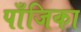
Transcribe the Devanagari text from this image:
पाँजिका